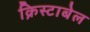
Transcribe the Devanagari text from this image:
क्रिस्टाबेल